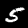
Label: 5